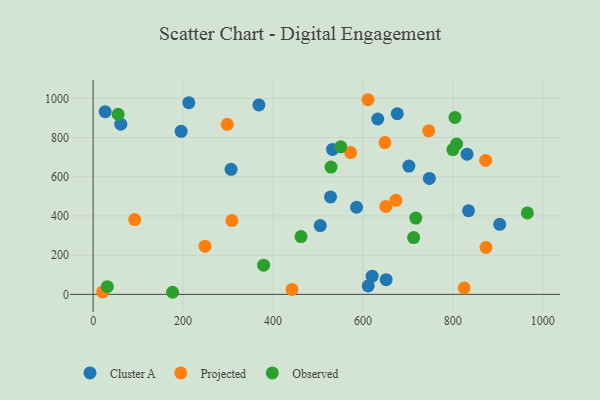
{"axis": {"x": "Study Hours", "y": "Rating"}, "legend": ["Cluster A", "Observed", "Projected"], "data": [{"x": "61.5", "y": 868.3, "type": "Cluster A"}, {"x": "505.1", "y": 350.8, "type": "Cluster A"}, {"x": "195.7", "y": 831.8, "type": "Cluster A"}, {"x": "620.6", "y": 92.8, "type": "Cluster A"}, {"x": "532.4", "y": 739.7, "type": "Cluster A"}, {"x": "747.8", "y": 591.5, "type": "Cluster A"}, {"x": "368.7", "y": 966.7, "type": "Cluster A"}, {"x": "676.5", "y": 921.8, "type": "Cluster A"}, {"x": "702.3", "y": 654.6, "type": "Cluster A"}, {"x": "831.6", "y": 715.4, "type": "Cluster A"}, {"x": "306.7", "y": 638.2, "type": "Cluster A"}, {"x": "585.9", "y": 444.6, "type": "Cluster A"}, {"x": "528.0", "y": 497.2, "type": "Cluster A"}, {"x": "212.8", "y": 978.4, "type": "Cluster A"}, {"x": "651.7", "y": 75.2, "type": "Cluster A"}, {"x": "611.8", "y": 43.2, "type": "Cluster A"}, {"x": "904.3", "y": 357.4, "type": "Cluster A"}, {"x": "633.0", "y": 894.8, "type": "Cluster A"}, {"x": "26.8", "y": 932.4, "type": "Cluster A"}, {"x": "834.9", "y": 426.8, "type": "Cluster A"}, {"x": "308.7", "y": 376.3, "type": "Projected"}, {"x": "572.7", "y": 723.3, "type": "Projected"}, {"x": "21.1", "y": 12.6, "type": "Projected"}, {"x": "611.4", "y": 993.2, "type": "Projected"}, {"x": "673.4", "y": 480.1, "type": "Projected"}, {"x": "649.0", "y": 774.5, "type": "Projected"}, {"x": "92.4", "y": 381.8, "type": "Projected"}, {"x": "873.0", "y": 683.5, "type": "Projected"}, {"x": "746.4", "y": 834.3, "type": "Projected"}, {"x": "651.0", "y": 448.9, "type": "Projected"}, {"x": "873.8", "y": 239.4, "type": "Projected"}, {"x": "248.9", "y": 245.7, "type": "Projected"}, {"x": "442.3", "y": 25.1, "type": "Projected"}, {"x": "825.3", "y": 32.9, "type": "Projected"}, {"x": "298.4", "y": 867.7, "type": "Projected"}, {"x": "379.2", "y": 149.2, "type": "Observed"}, {"x": "712.8", "y": 289.8, "type": "Observed"}, {"x": "550.6", "y": 752.9, "type": "Observed"}, {"x": "176.7", "y": 10.7, "type": "Observed"}, {"x": "965.8", "y": 415.5, "type": "Observed"}, {"x": "804.8", "y": 902.7, "type": "Observed"}, {"x": "800.1", "y": 739.0, "type": "Observed"}, {"x": "462.3", "y": 294.7, "type": "Observed"}, {"x": "55.6", "y": 919.2, "type": "Observed"}, {"x": "31.6", "y": 39.5, "type": "Observed"}, {"x": "808.5", "y": 767.4, "type": "Observed"}, {"x": "717.6", "y": 389.3, "type": "Observed"}, {"x": "529.0", "y": 649.7, "type": "Observed"}]}